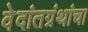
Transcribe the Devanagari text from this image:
वेदांतग्रंथांचा